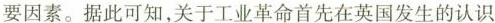
要因素。据此可知，关于工业革命首先在英国发生的认识